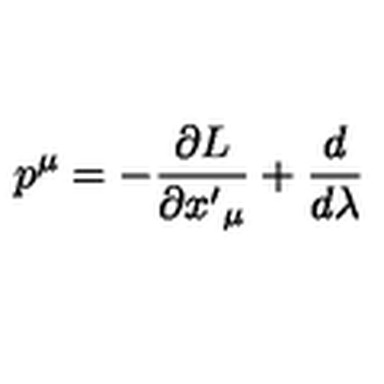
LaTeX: p ^ { \mu } = - \frac { \partial L } { \partial { x ^ { \prime } } _ { \mu } } + \frac { d } { d \lambda }